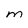
Character: m